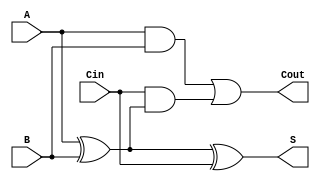
module FullAdder(
    input wire A,      // First input bit
    input wire B,      // Second input bit
    input wire Cin,    // Carry input from the previous stage
    output wire S,     // Sum output
    output wire Cout   // Carry output to the next stage
);
    // Full adder logic
    assign S = A ^ B ^ Cin;       // Sum is A XOR B XOR Cin
    assign Cout = (A & B) | (Cin & (A ^ B)); // Carry out is A AND B OR (Cin AND (A XOR B))
endmodule